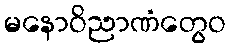
မနောဝိညာဏံတွေဝ